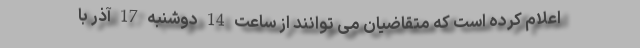
اعلام کرده است که متقاضیان می توانند از ساعت 14 دوشنبه 17 آذر با